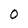
Character: 0